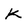
Character: k